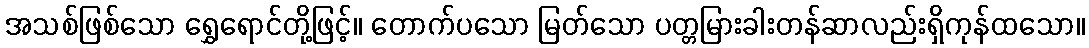
အသစ်ဖြစ်သော ရွှေရောင်တို့ဖြင့်။ တောက်ပသော မြတ်သော ပတ္တမြားခါးတန်ဆာလည်းရှိကုန်ထသော။